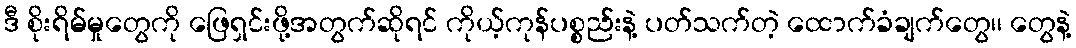
ဒီ စိုးရိမ်မှုတွေကို ဖြေရှင်းဖို့အတွက်ဆိုရင် ကိုယ့်ကုန်ပစ္စည်းနဲ့ ပတ်သက်တဲ့ ထောက်ခံချက်တွေ၊၊ တွေနဲ့